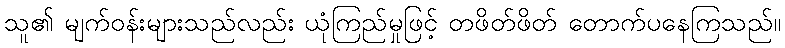
သူ၏ မျက်ဝန်းများသည်လည်း ယုံကြည်မှုဖြင့် တဖိတ်ဖိတ် တောက်ပနေကြသည်။